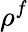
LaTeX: \rho^{f}